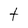
Character: t